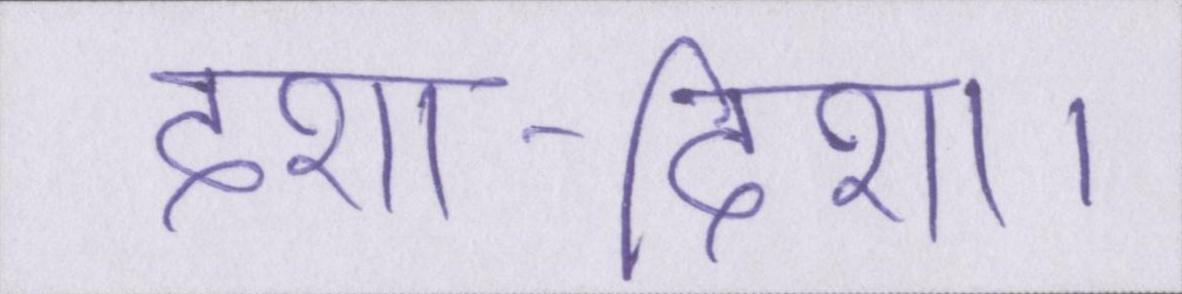
दशा-दिशा।